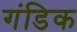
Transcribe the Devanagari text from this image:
गंडिक